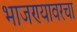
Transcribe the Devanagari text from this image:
भाजण्यावरचा